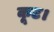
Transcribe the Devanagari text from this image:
कूट।